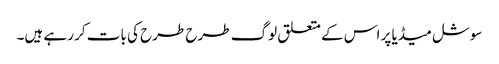
سوشل میڈیا پر اس کے متعلق لوگ طرح طرح کی بات کر رہے ہیں۔